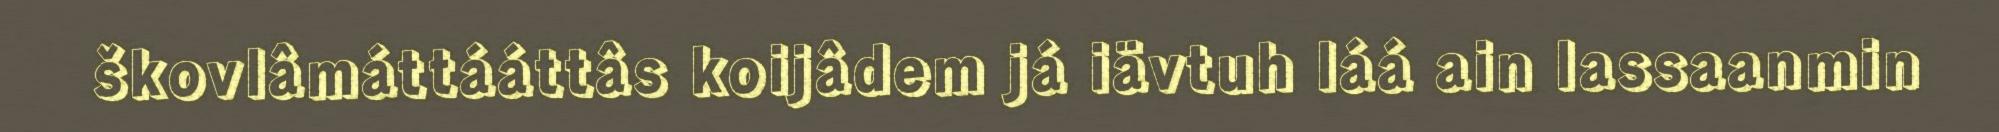
škovlâmáttááttâs koijâdem já iävtuh láá ain lassaanmin